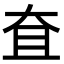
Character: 㚗